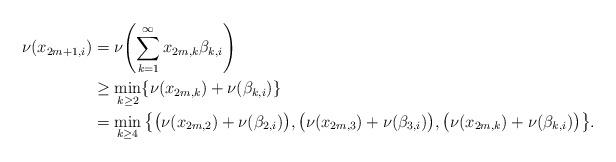
LaTeX: \begin{align*}\nu(x_{2m+1,i}) &=\nu{\left(\sum_{k=1}^\infty x_{2m,k}\beta_{k,i}\right)}\\ &\geq\min_{k\geq2}\{\nu(x_{2m,k})+\nu(\beta_{k,i})\}\\ &=\min_{k\geq4}{\left\{\big(\nu(x_{2m,2})+\nu(\beta_{2,i})\big),\big(\nu(x_{2m,3})+\nu(\beta_{3,i})\big),\big(\nu(x_{2m,k})+\nu(\beta_{k,i})\big)\right\}}.\end{align*}